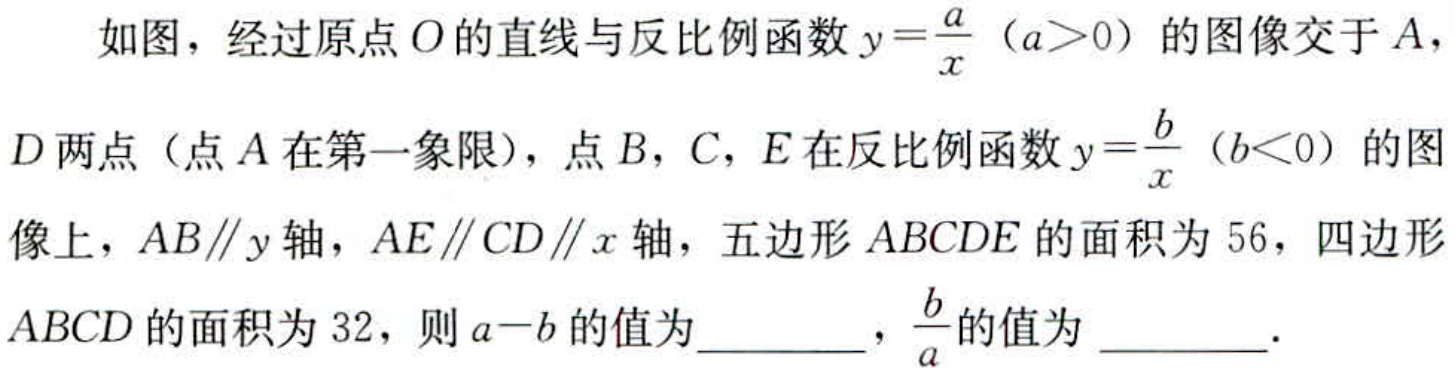
如图，经过原点\(O\)的直线与反比例函数\(y = \frac{a}{x}\)（\(a>0\)）的图像交于\(A\)，\(D\)两点（点\(A\)在第一象限），点\(B\)，\(C\)，\(E\)在反比例函数\(y = \frac{b}{x}\)（\(b<0\)）的图像上，\(AB\parallel y\)轴，\(AE\parallel CD\parallel x\)轴，五边形\(ABCDE\)的面积为\(56\)，四边形\(ABCD\)的面积为\(32\)，则\(a - b\)的值为  ，\(\frac{b}{a}\)的值为  ．